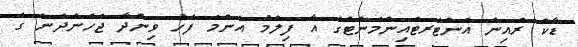
ޑާކް ރެއިން އެންޓަރޓެއިންމަންޓްގެ އާ ފިލްމު އެންމެ ފަހު ވިންދާ ޖެހެންދެން ގެ